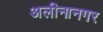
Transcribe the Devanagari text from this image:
अलीनानगर